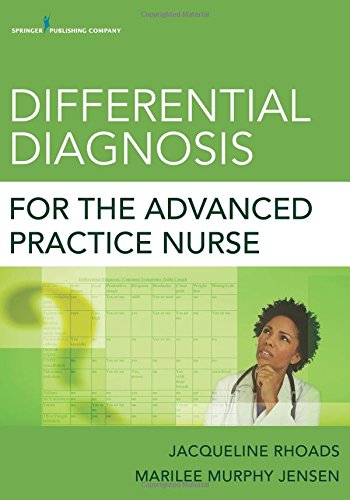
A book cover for Differential Diagnosis for the Advanced Practice Nurse; Medical Books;